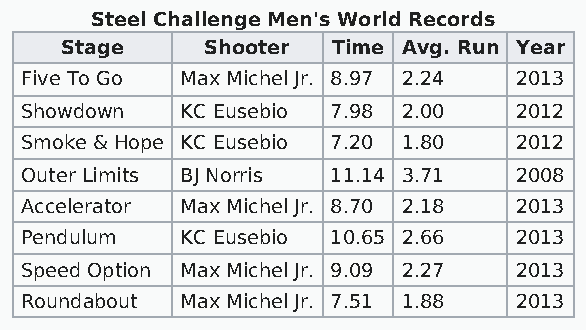
Steel Challenge Men's World Records
 Stage     Shooter Time Avg. Run Year
 Five To Go Max Michel Jr. 8.97 2.24 2013
 Showdown   KC Eusebio 7.98 2.00  2012
 Smoke & Hope KC Eusebio 7.20 1.80 2012
 Outer Limits BJ Norris 11.14 3.71 2008
 Accelerator Max Michel Jr. 8.70 2.18 2013
 Pendulum   KC Eusebio 10.65 2.66 2013
 Speed Option Max Michel Jr. 9.09 2.27 2013
 Roundabout Max Michel Jr. 7.51 1.88 2013